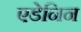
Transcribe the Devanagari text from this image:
एडेनिन